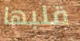
قلبها